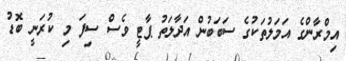
އިމްރާންގެ އަމަލުތަކުގެ ސަބަބުން އަދާލަތު ޕާޓީ ވެސް ސިފަ މި ކުރަނީ ބޮޑު